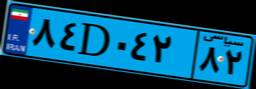
۸۴D۰۴۲۸۲